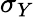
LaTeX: \sigma_{Y}